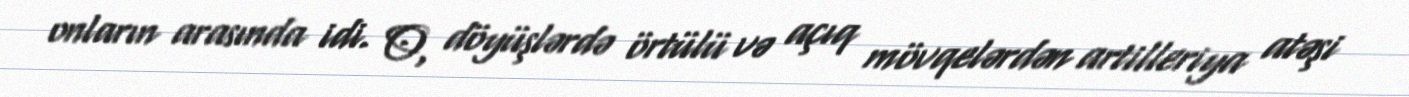
onların arasında idi. O, döyüşlərdə örtülü və açıq mövqelərdən artilleriya atəşi